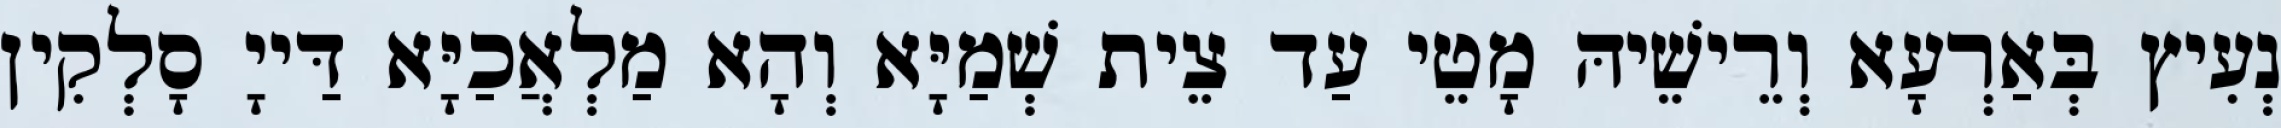
נְעִיץ בְּאַרְעָא וְרֵישֵׁיהּ מָטֵי עַד צֵית שְׁמַיָּא וְהָא מַלְאֲכַיָּא דַּייָ סָלְקִין